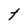
Character: t